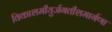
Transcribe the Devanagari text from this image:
विकाशमीयुर्जगतीशमार्गणा